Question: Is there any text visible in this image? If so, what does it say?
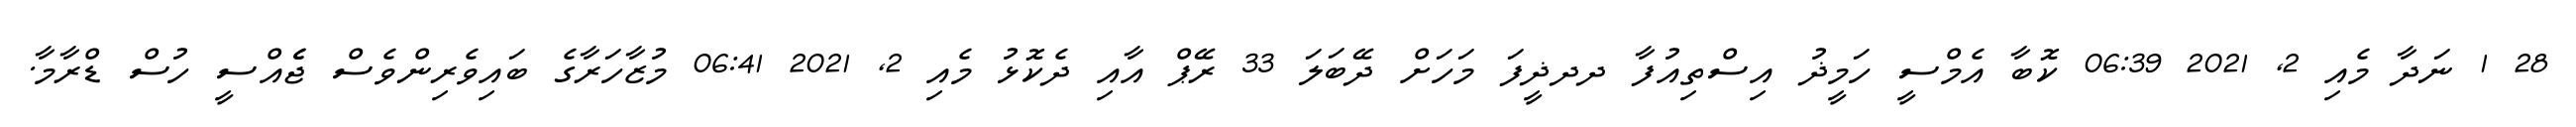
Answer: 28 1 ނަދާ މެއި 2, 2021 06:39 ކޮބާ އެމްސީ ހަމީޛު އިސްތިއުފާ ދދޛީފަ މަހަށް ދޭބަލަ 33 ރޭޕް އާއި ދެކޮޅު މެއި 2, 2021 06:41 މުޒާހަރާގެ ބައިވެރިންވެސް ޖެެއްސީ ހުސް ޑްރާމާ.